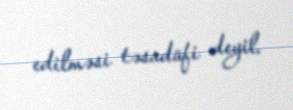
edilməsi təsadüfi deyil.